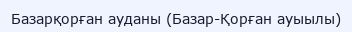
Базарқорған ауданы (Базар-Қорған ауыылы)